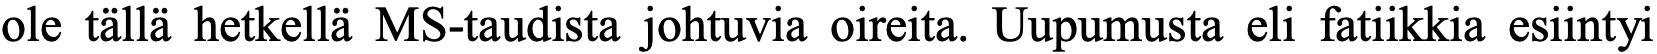
ole tällä hetkellä MS-taudista johtuvia oireita. Uupumusta eli fatiikkia esiintyi